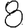
Digit: 8